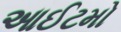
આઈટમો